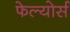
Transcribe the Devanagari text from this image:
फेल्योर्स